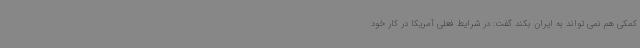
کمکی هم نمی تواند به ایران بکند گفت: در شرایط فعلی آمریکا در کار خود